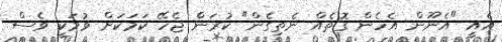
އެއީ "އެނޫން އެހެން ގޮތެއް ނެތިގެން" ކުރަން ޖެހޭ ކަމަކަށް ވުމަކީ ވެސް